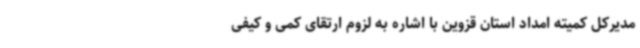
مدیرکل کمیته امداد استان قزوین با اشاره به لزوم ارتقای کمی و کیفی